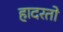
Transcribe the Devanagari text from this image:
हादरतो